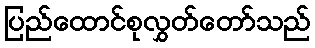
ပြည်ထောင်စုလွှတ်တော်သည်